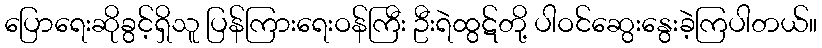
ပြောရေးဆိုခွင့်ရှိသူ ပြန်ကြားရေးဝန်ကြီး ဦးရဲထွဋ်တို့ ပါဝင်ဆွေးနွေးခဲ့ကြပါတယ်။